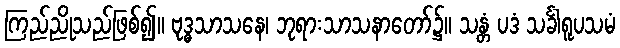
ကြည်ညိုသည်ဖြစ်၍။ ဗုဒ္ဓသာသနေ၊ ဘုရားသာသနာတော်၌။ သန္တံ ပဒံ သင်္ခါရူပသမံ